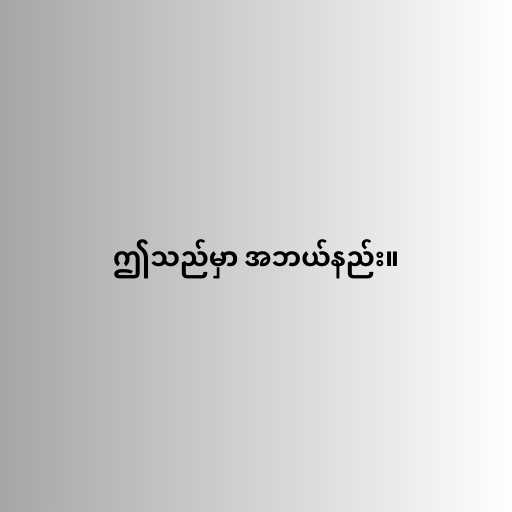
ဤသည်မှာ အဘယ်နည်း။